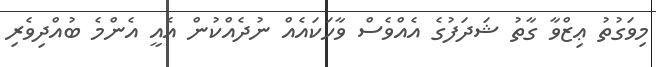
މިވަގުތު ޢިޒްވާ ގާތު ޝަދަފުގެ އެއްވެސް ވާހަކައެއް ނުދެއްކުން އެއީ އެންމެ ބުއްދިވެރި